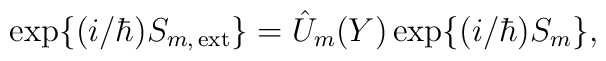
{\rm exp}\{(i/\hbar)S_{m,\,{\rm ext}}\}=\hat{U}_m(Y)\,{\rm exp}\{(i/\hbar)S_m\},